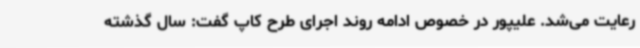
رعایت می‌شد. علیپور در خصوص ادامه روند اجرای طرح کاپ گفت: سال گذشته